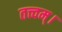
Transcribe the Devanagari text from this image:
तत्त्वम्।